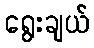
ရွေးချယ်